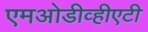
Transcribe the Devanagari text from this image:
एमओडीव्हीएटी